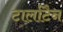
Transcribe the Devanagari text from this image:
टार्लाटैन